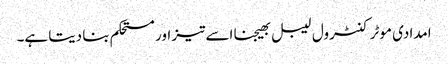
امدادی موٹر کنٹرول لیبل بھیجنا اسے تیز اور مستحکم بنا دیتا ہے۔